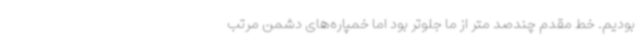
بودیم. خط مقدم چندصد متر از ما جلوتر بود اما خمپاره‌های دشمن مرتب